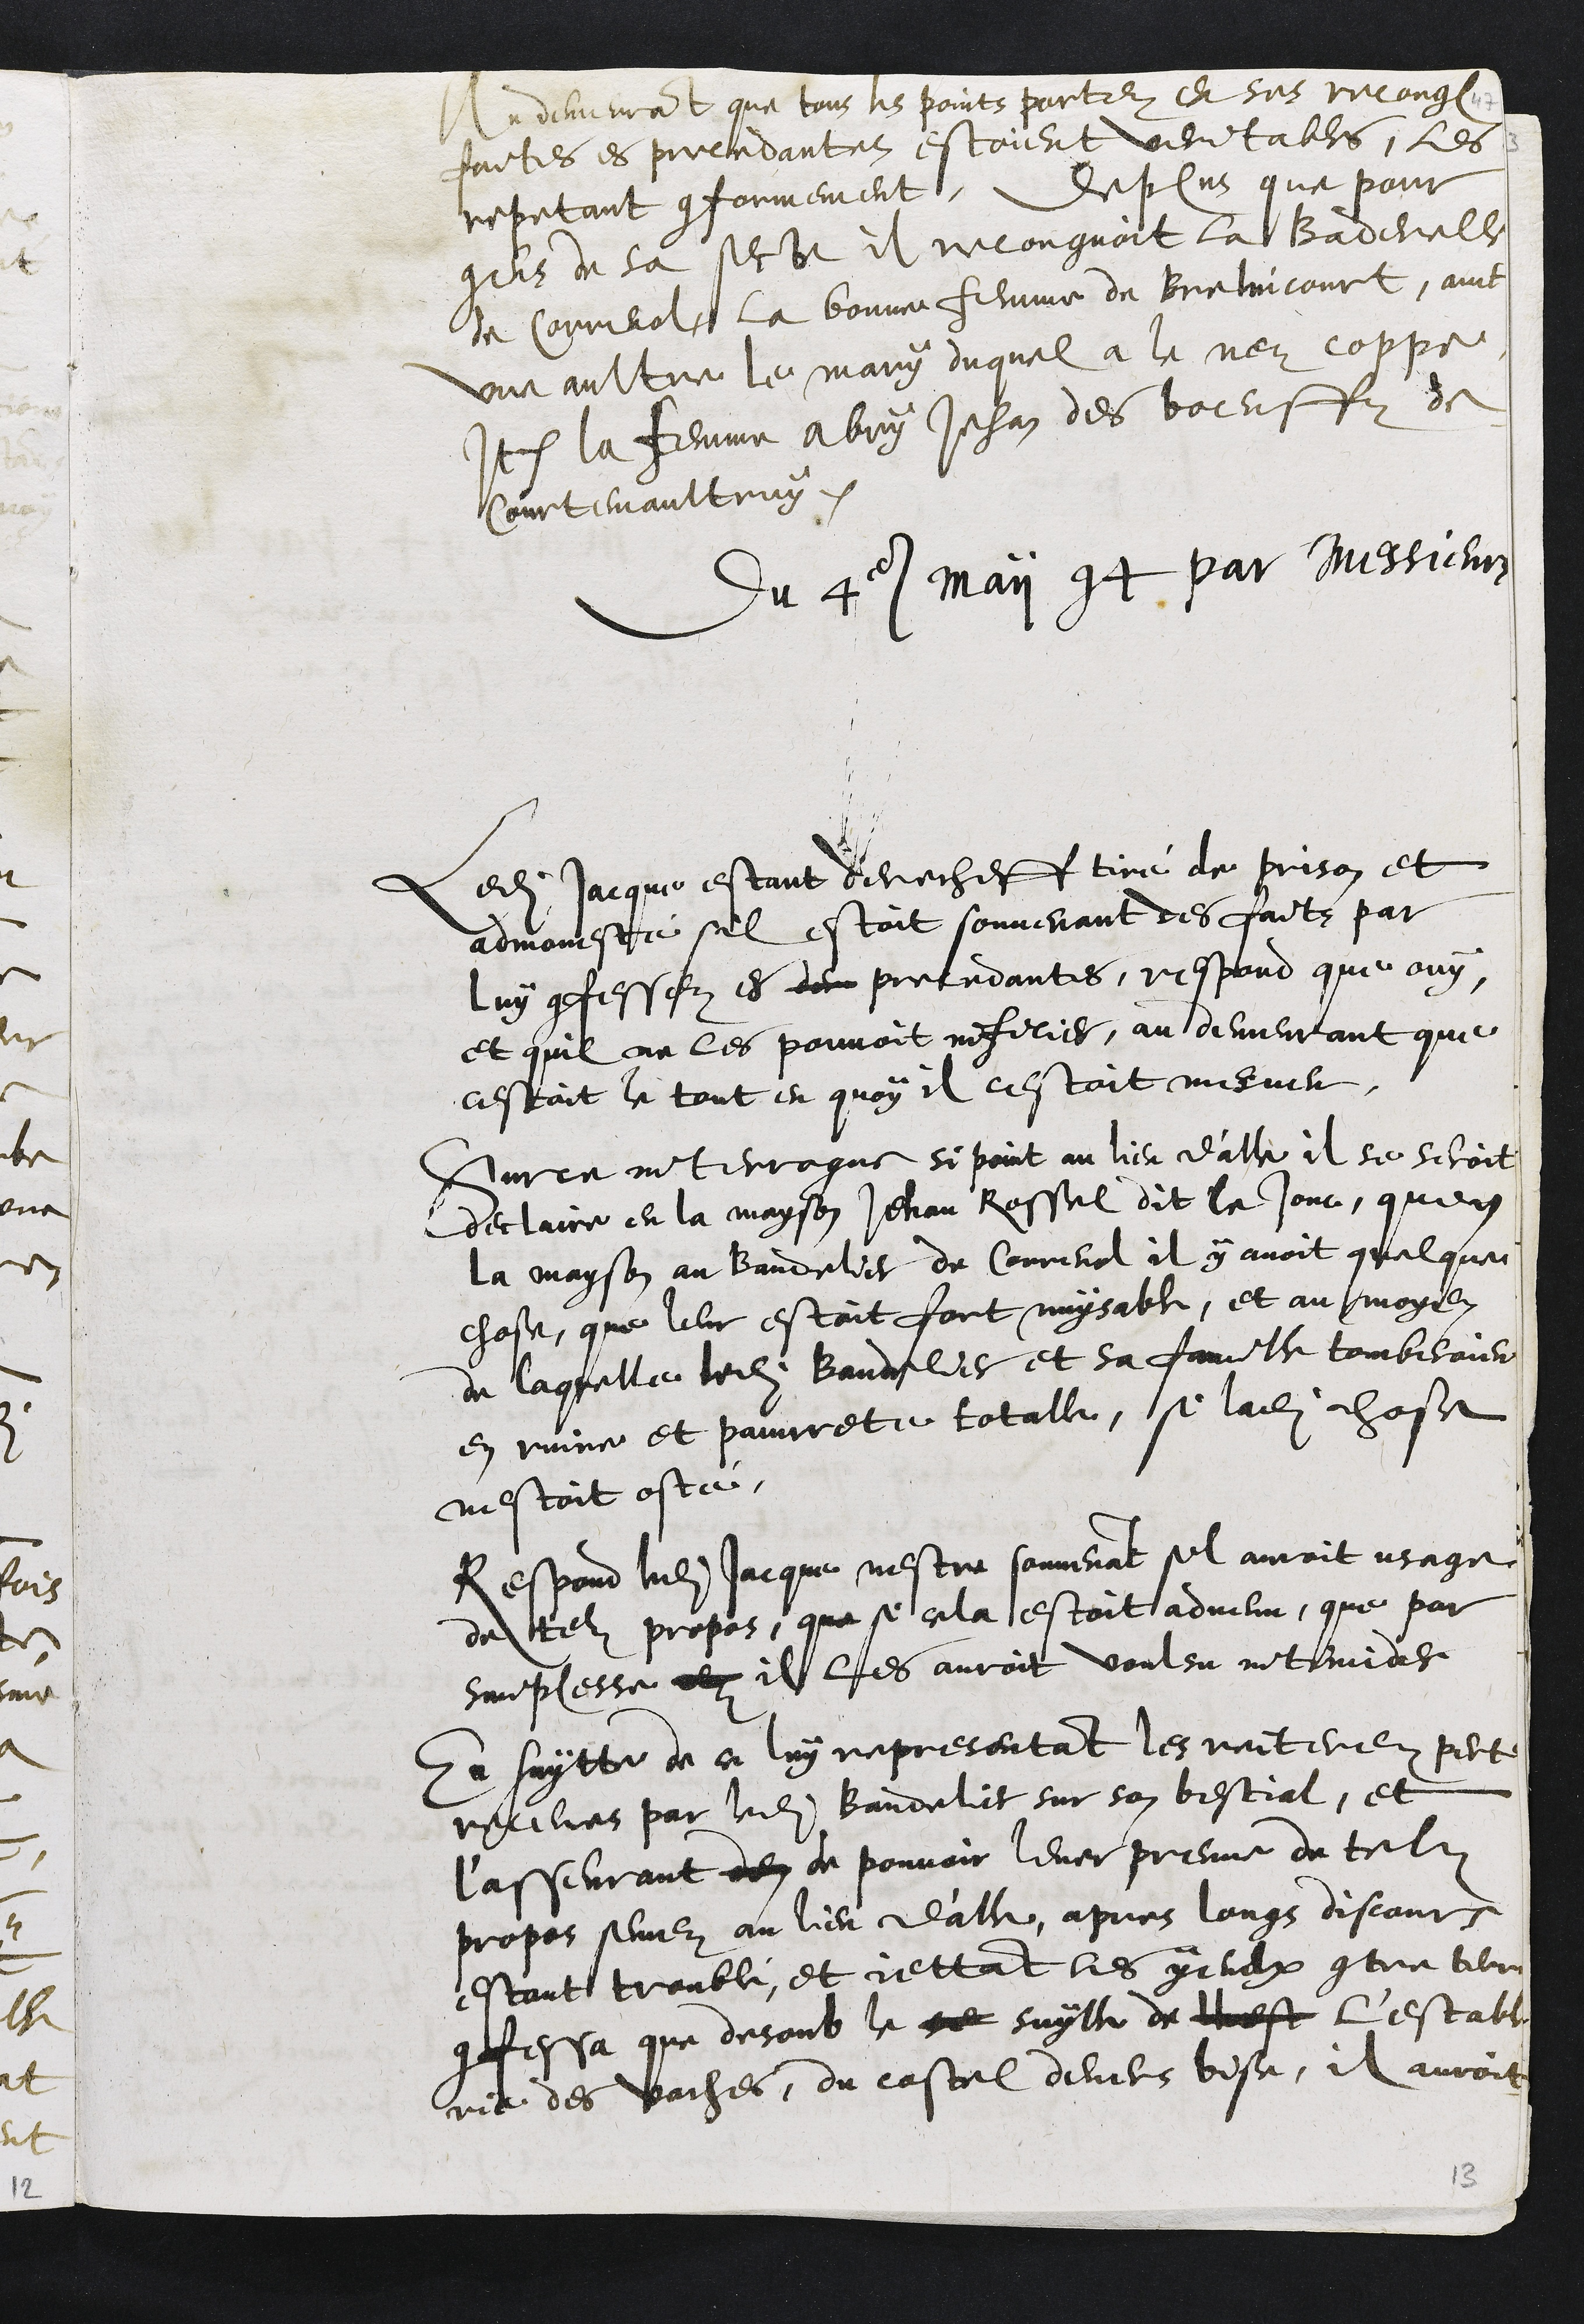
Au demeurant que tous les points portez en ses recong
faites es precedantes estoient veritables, les
repetant conformement, De plus que pour
gens de sa secte il recongnoit la Baderelle
de Correnol, la bonne femme de Berlincourt, avec
une aultre le mary duquel a le nez coppe
Item la femme Abry Jehan des boeuffz de
Courtemaultruy.
du 4e maii et par Messieurs
Ledit Jacque estant derecheff tiré de prison et
admonesté sil estoit souvenant des faits par
luy confessez es der precedantes, respond que ouy
et quil ne les pouvoit inficier, au demeurant que
cestoit le tout en quoy il cestoit mener
Sur ce interrogue si point au lieu d'alle il se seroit
declaire en la mayson Jehan Rossel dit le Jonc, quen
la mayson au bandelier de Correnol il y avoit quelque
chose, que leur estoit fort nuysable, et au moyen
de laquelle ledit Bandellier et sa famille tomberoient
en ruine et pauvrete totalle, si ladite chose
nestoit osté,
Respond ledit jacque nestre souvenant sil auroit usage
de telz propos, que si cela estoit advenu, que par
simplesse dez il les auroit voulsu intimider
En suytte de ce luy representant les reiterez pertes
receues par ledit bandelier sur son bestial, et
l'asseurant den de pouvoir lever preuve de telz
propos semez au lieu d'alle, apres longs discours
estant troublé, et jettant les yeulx contre terre
confesse que desoub le se suylle de cest l'estable-
rie des vaches, du costel devers bise, il auroit